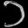
Digit: ၁